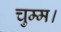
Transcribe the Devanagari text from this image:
चुम्म।